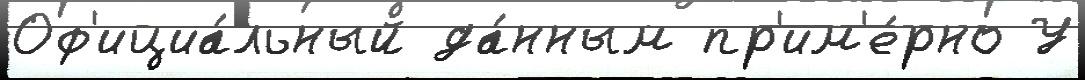
Оф'ициа́льный да́нным пр'им'е́рно У